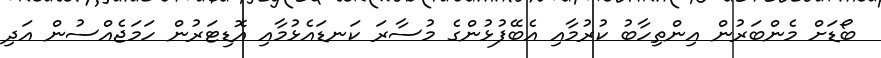
ބޯޑަށް މެންބަރުން އިންތިހާބު ކުރުމާއި އެބޭފުޅުންގެ މުސާރަ ކަނޑައެޅުމާއި އޮޑިޓަރުން ހަމަޖެއްސުން އަދި